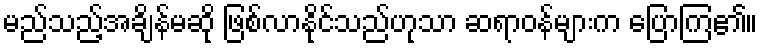
မည်သည့်အချိန်မဆို ဖြစ်လာနိုင်သည်ဟုသာ ဆရာဝန်များက ပြောကြ၏။